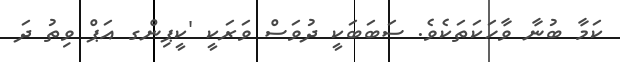
ކަމާ ބުނާ ވާހަކަތަކެވެ. ސަބަބަކީ ދުވަސް ވަރަކީ 'ކީޕިންގ އަޕް ވިތު ދަ